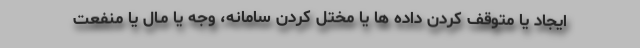
ایجاد یا متوقف کردن داده ها یا مختل کردن سامانه، وجه یا مـال یا منفعت